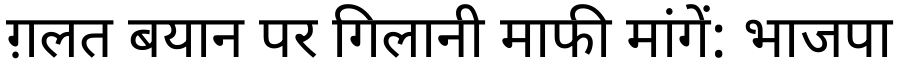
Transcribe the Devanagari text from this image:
ग़लत बयान पर गिलानी माफी मांगें: भाजपा